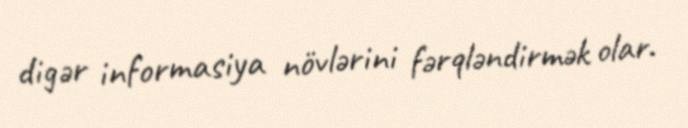
digər informasiya növlərini fərqləndirmək olar.